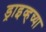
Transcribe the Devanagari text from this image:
ड्राइव्हच्या